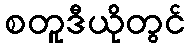
စတူဒီယိုတွင်